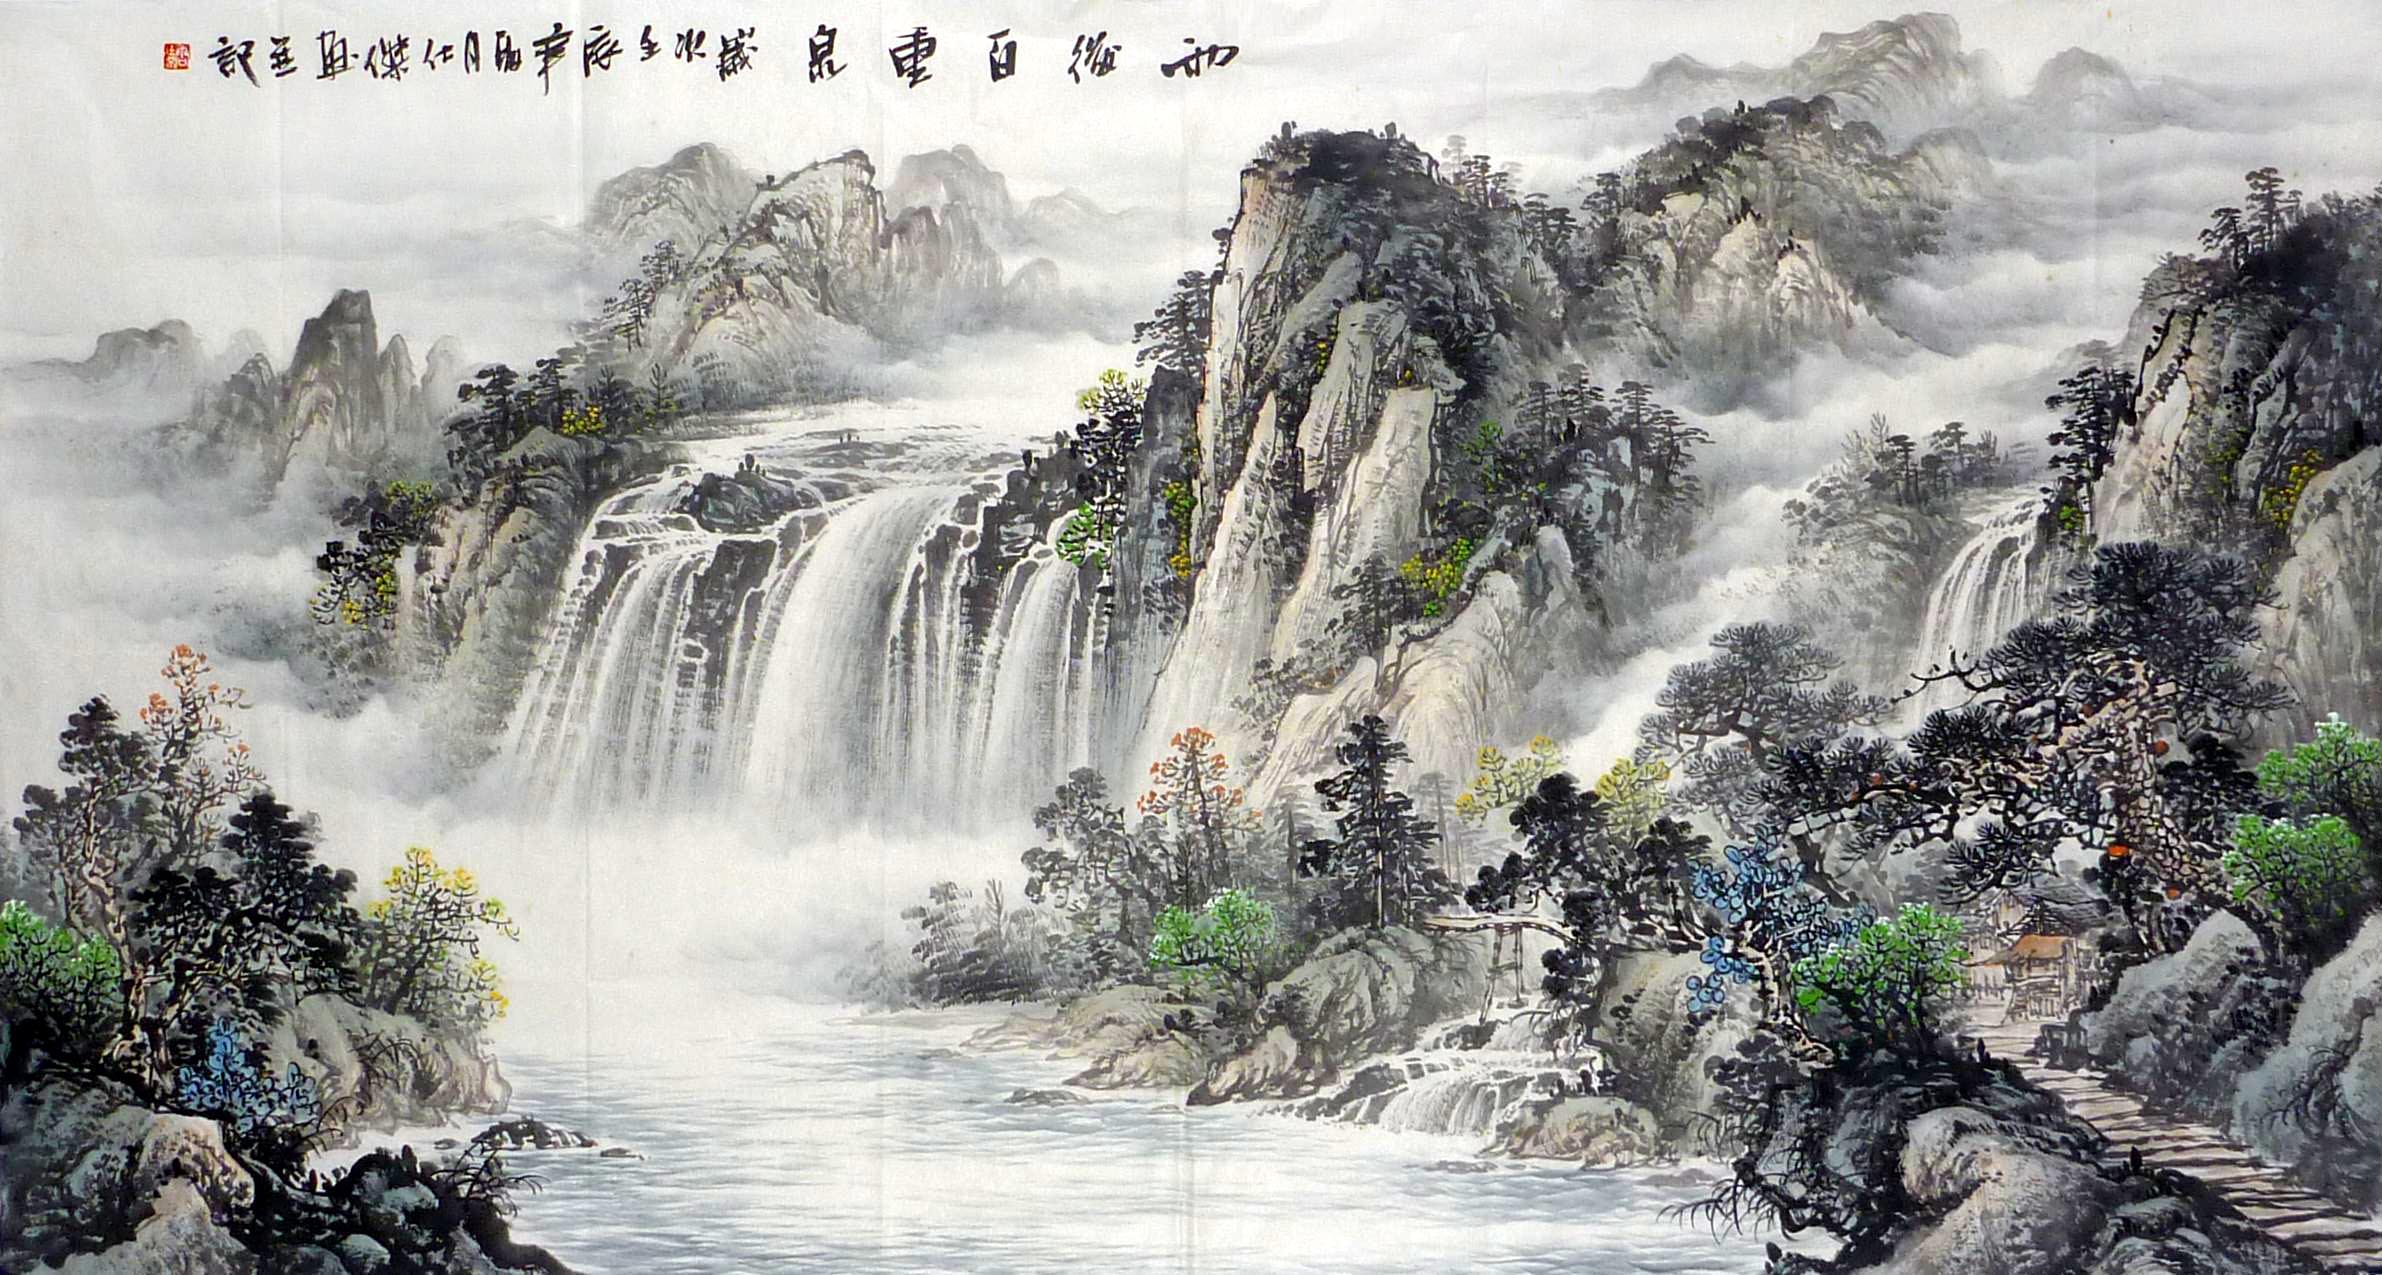
眺听良多感，徙倚独沾襟。